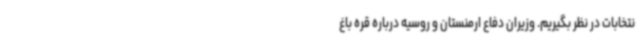
نتخابات در نظر بگیریم. وزیران دفاع ارمنستان و روسیه درباره قره باغ